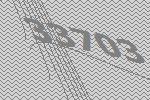
33703